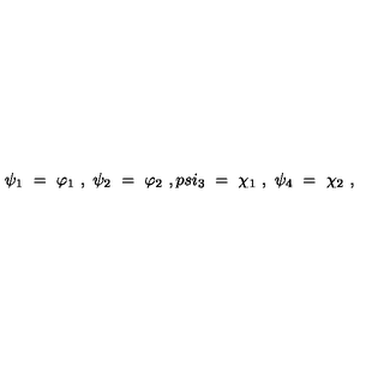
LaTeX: \psi _ { 1 } \ = \ \varphi _ { 1 } \ , \ \psi _ { 2 } \ = \ \varphi _ { 2 } \ , p s i _ { 3 } \ = \ \chi _ { 1 } \ , \ \psi _ { 4 } \ = \ \chi _ { 2 } \ ,